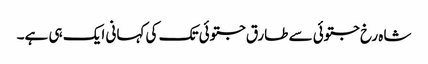
شاہ رخ جتوئی سے طارق جتوئی تک کی کہانی ایک ہی ہے۔